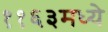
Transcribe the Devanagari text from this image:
११६३मध्ये